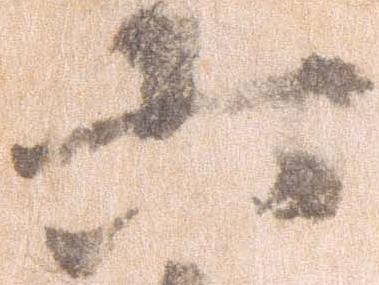
六